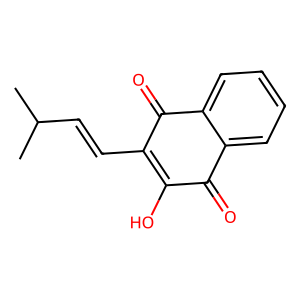
SMILES: CC(C)C=CC1=C(O)C(=O)c2ccccc2C1=O
Inhibits HIV replication: No